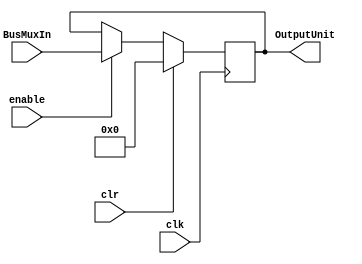
module Outport(input clr, clk, enable, input [31:0] BusMuxIn, output [31:0] OutputUnit);

	reg [31:0] ra;
	
	always @(posedge clk) begin
		if(clr)
			ra <= 32'b0;
		else if(enable)
			ra <= BusMuxIn;
	end		
	assign OutputUnit = ra;
	
endmodule